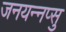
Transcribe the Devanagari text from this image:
जनयन्नप्सु